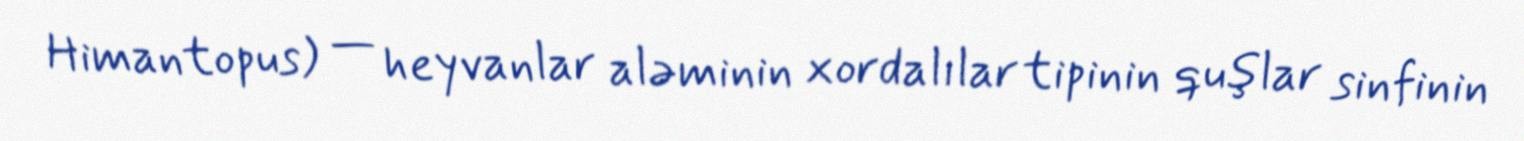
Himantopus) — heyvanlar aləminin xordalılar tipinin quşlar sinfinin